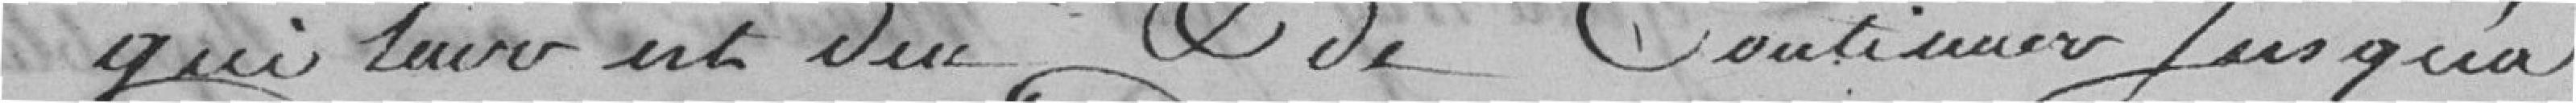
qui lui est dûe de continuer jusqu'à